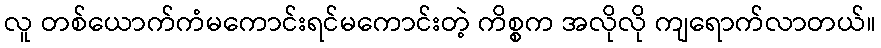
လူ တစ်ယောက်ကံမကောင်းရင်မကောင်းတဲ့ ကိစ္စက အလိုလို ကျရောက်လာတယ်။